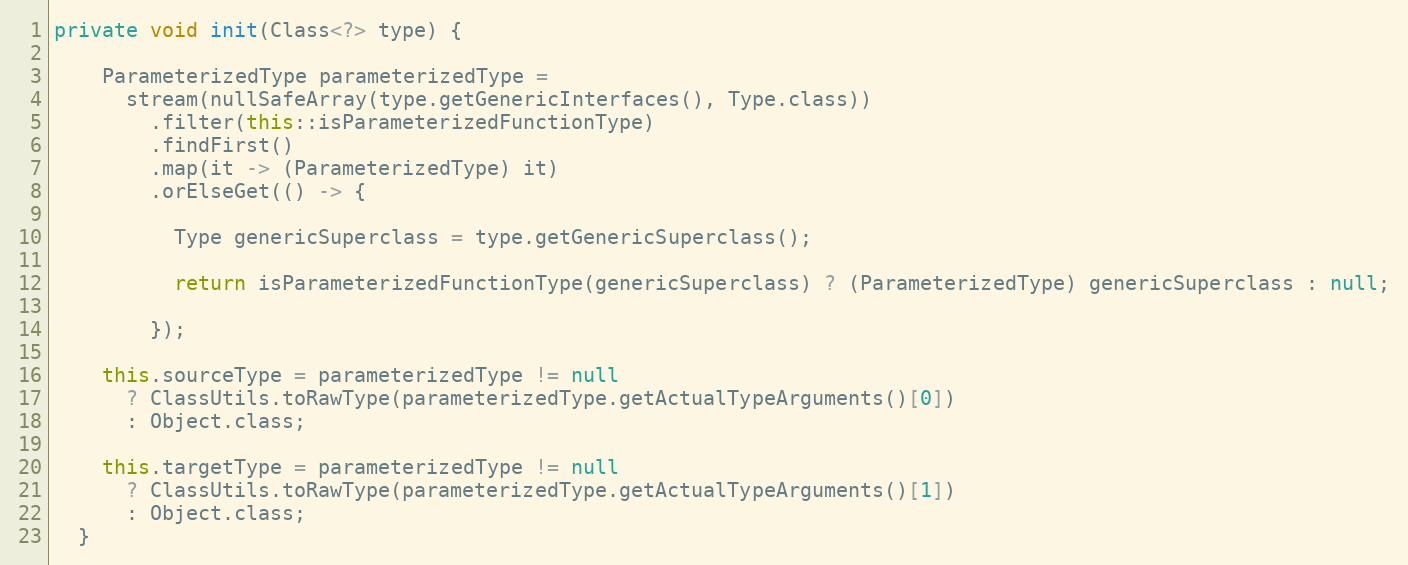
Language: Java
private void init(Class<?> type) {

    ParameterizedType parameterizedType =
      stream(nullSafeArray(type.getGenericInterfaces(), Type.class))
        .filter(this::isParameterizedFunctionType)
        .findFirst()
        .map(it -> (ParameterizedType) it)
        .orElseGet(() -> {

          Type genericSuperclass = type.getGenericSuperclass();

          return isParameterizedFunctionType(genericSuperclass) ? (ParameterizedType) genericSuperclass : null;

        });

    this.sourceType = parameterizedType != null
      ? ClassUtils.toRawType(parameterizedType.getActualTypeArguments()[0])
      : Object.class;

    this.targetType = parameterizedType != null
      ? ClassUtils.toRawType(parameterizedType.getActualTypeArguments()[1])
      : Object.class;
  }